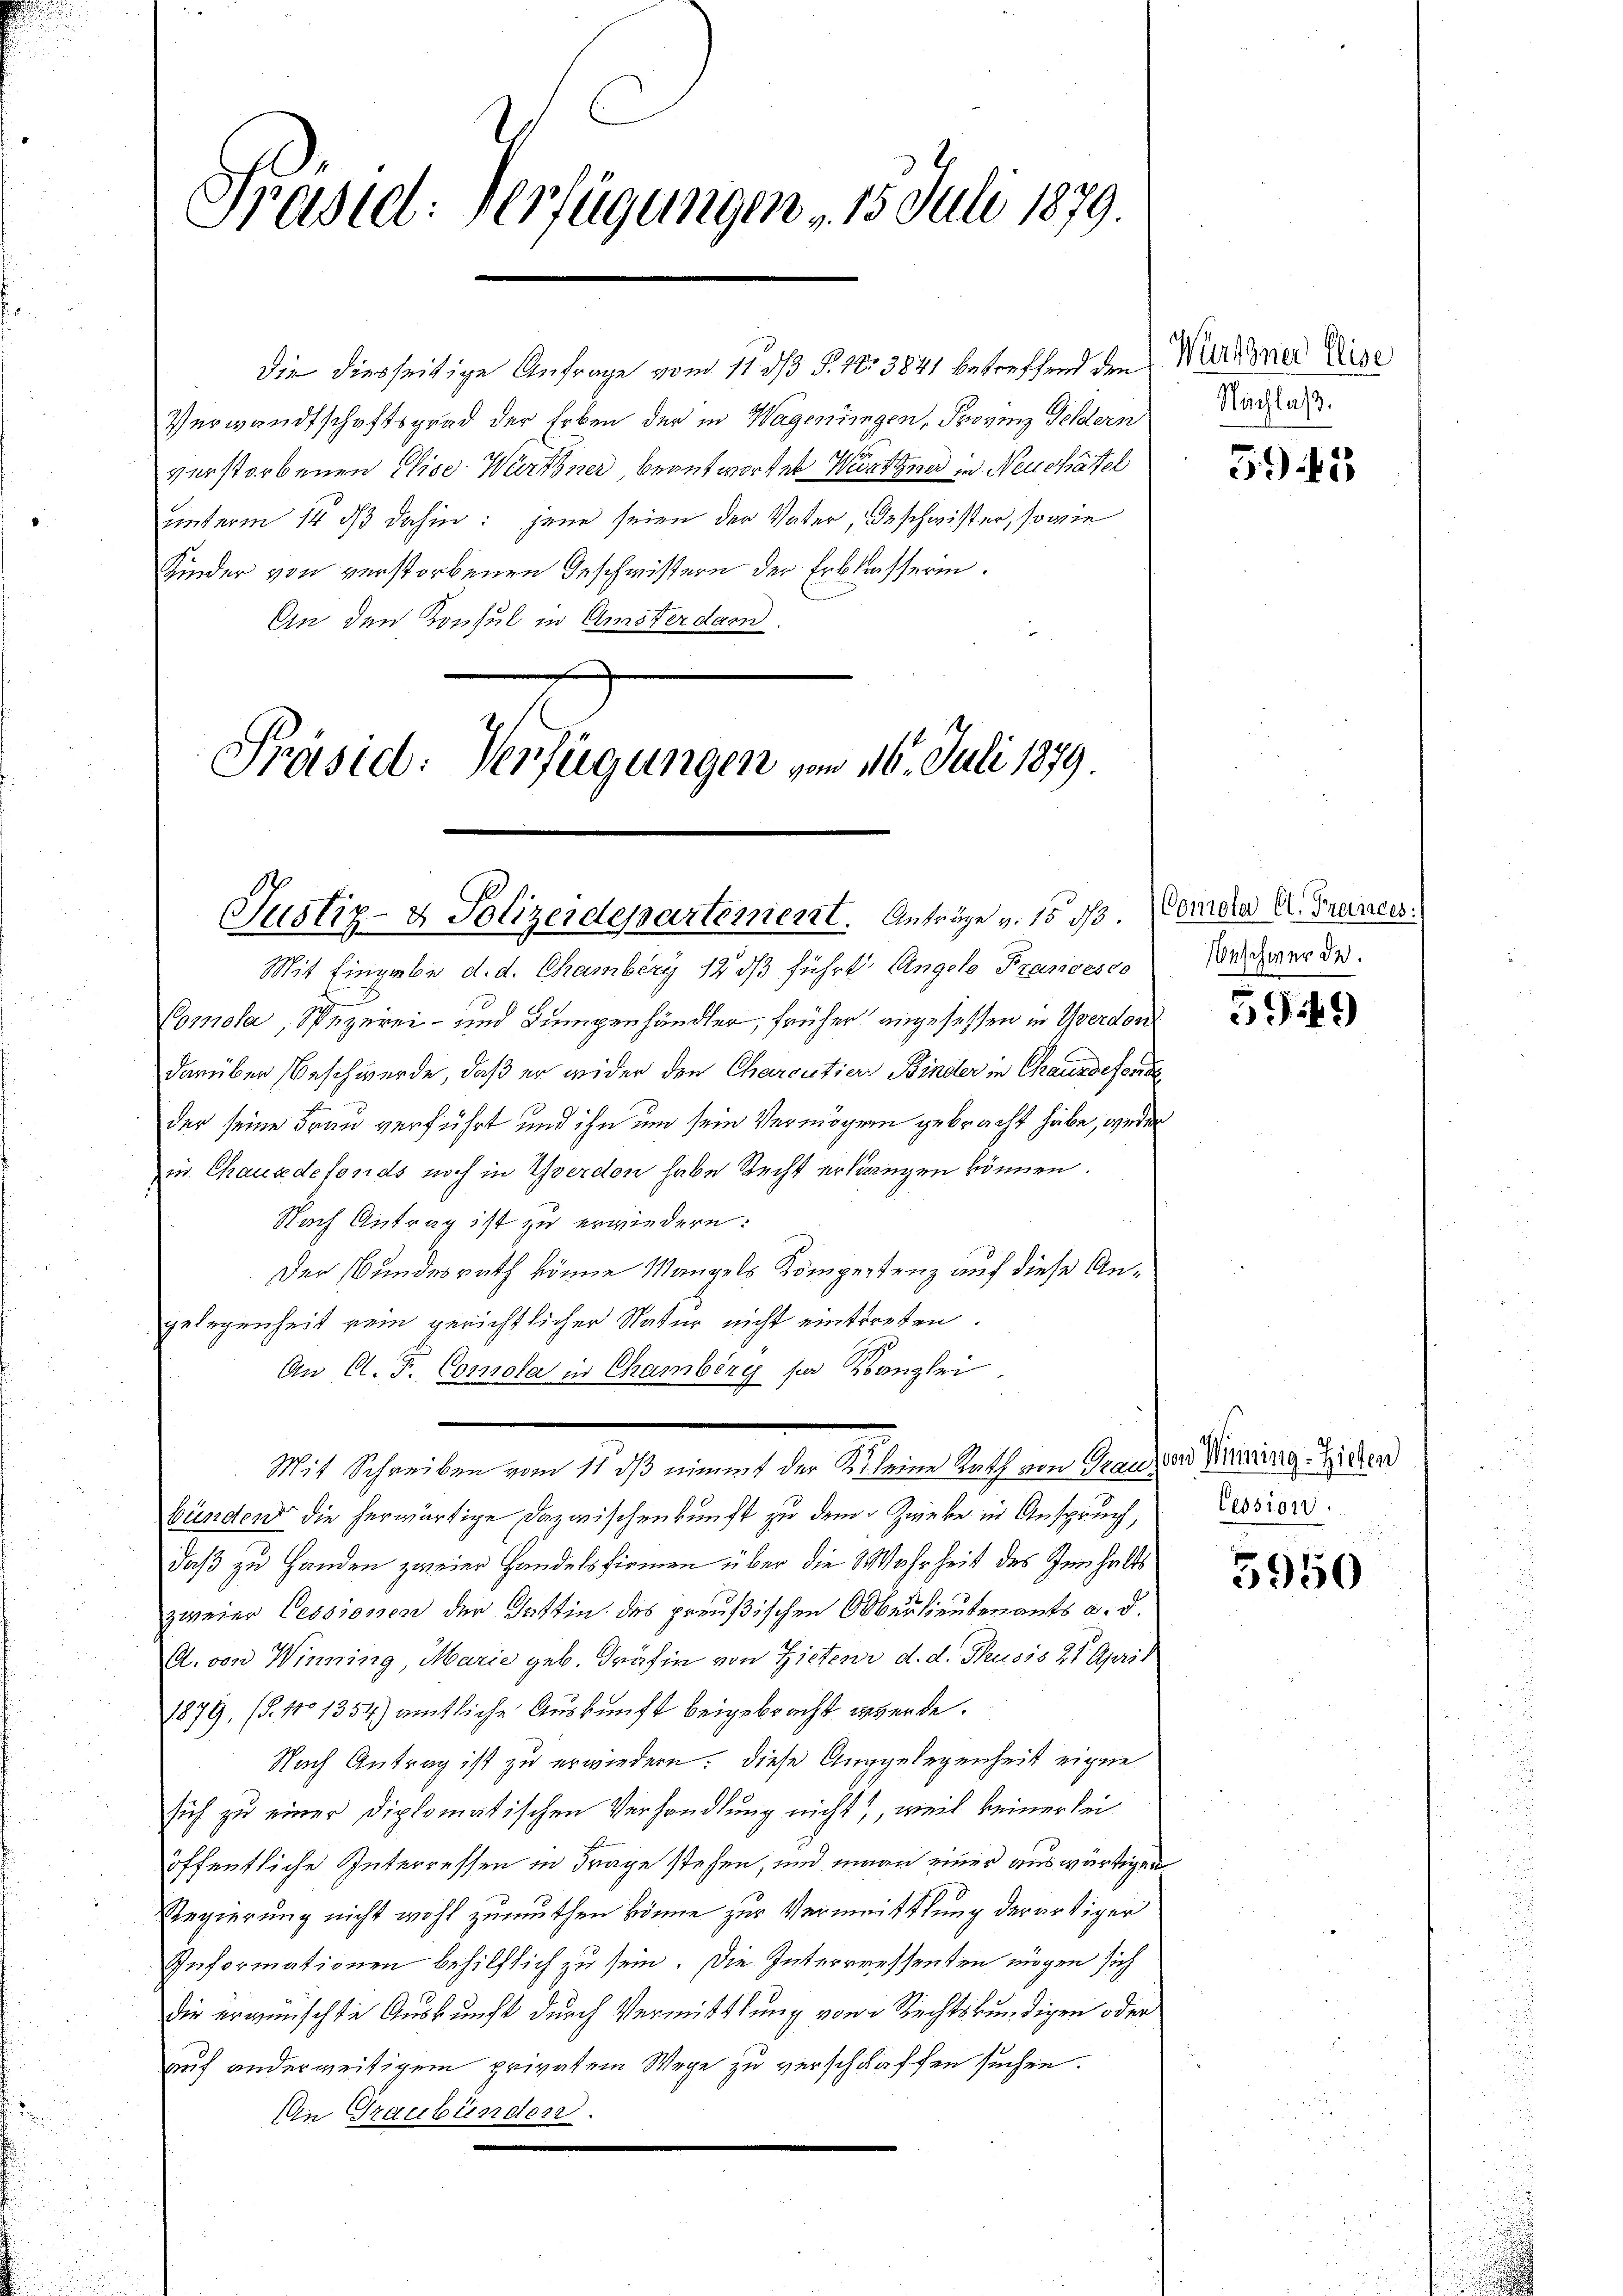
Präsid. Verfügungen . 15. Juli 1879.

Justiz- & Polizeidepartement. Anträge v. 15 d.

Präsid: Verfügungen vom 16. Juli 1879

verstorbenen Elise Würthner beantworten Wirtiner in Neuchâtel
unterm 14 dß dahin: jene seien der Vater, Geschwister, sowie
Kinder von verstorbenen Geschwistern der Erblasserin.
An den Konsul in Amsterdam.

die diesseitige Anfrage vom 11. ds P. Nr. 3841 betreffend den
Verwandtschaftsgrad der Erben der in Wageningen, Provinz Geldern
1/3

Mit Eingabe d. d. Chamberg 12 ds führt Angelo Francesco
Comola, Spezerei- und Lungenhändler, früher angesessen in Yverdon
darüber Beschwerde, daß er wider den Charoutier Binder in Chaussesende
der seine Frau verführt und ihn um sein Vermögen gebracht habe, weder
in Chause defonds noch in Yverdon habe Recht erlängen können.
Nach Antrag ist zu erwiedern:
Der Bundesrath könne Mangels Kompetenz auf diese Angelegenheit sein gerichtlicher Natur nicht eintreten.
An C. F. Comola in Chamberg per Kanzlei.
bündend die herwärtige Dazwischenkunft zu dem Zwecke in Anspruch,
daß zu Handen zweier Handelsfirmen über die Wahrheit des Innhalts
zweier Cessionen der Gattin des preußischen Oberlieutenants a. d.
A. von Winning, Marie geb. Gräfin von Zictens d. d. Thusis 21 April
1879, (§. 110 1354) amtliche Auskunft beigebracht werde.
Nach Antrag ist zu erwiedern. Diese Auggelegenheit eigne
sich zu einer Diplomatischen Verhandlung nicht, weil keiner sei
öffentliche Interressen in Frage stehen, und man einer auswärtigen
Regierung nicht wohl zumuthen könne zur Vermeistlung derartiger
Informationen behilflich zu sein. Die Interrressenten mögen sich
die erwünschte Auskunft durch Vermittlung von 2 Rechtskundigen oder
auf anderweitigem privatem Wege zu verschaffen suchen.
Ain Graubünden.

Mit Schreiben vom 11. ds nimmt der Kleine Rath von Ganzen Meiring-Sitten

Würthner Elise
Nachlaß.

395

Comola Cl. Proraces:
beschwerde.

5949

Cession

5950